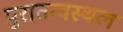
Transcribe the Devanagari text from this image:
पुरातत्वस्थल